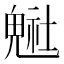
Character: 𲌭